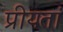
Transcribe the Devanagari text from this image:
प्रीयतां